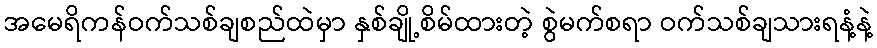
အမေရိကန်ဝက်သစ်ချစည်ထဲမှာ နှစ်ချို့စိမ်ထားတဲ့ စွဲမက်စရာ ဝက်သစ်ချသားရနံ့နဲ့